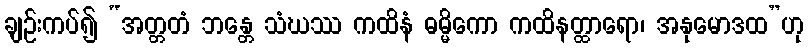
ချဉ်းကပ်၍ “အတ္တတံ ဘန္တေ သံဃဿ ကထိနံ ဓမ္မိကော ကထိနတ္ထာရော၊ အနုမောဒထ”ဟု